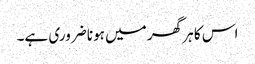
اس کا ہر گھر میں ہونا ضروری ہے۔